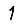
Digit: 1